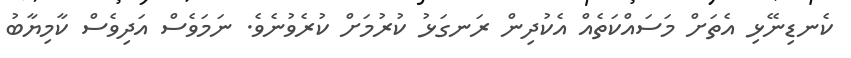
ކެނޑިނޭޅި އެތަށް މަސައްކަތެއް އެކުދިން ރަނގަޅު ކުރުމަށް ކުރެވުނެވެ. ނަމަވެސް އަދިވެސް ކާމިޔާބު